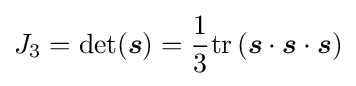
J_{3}=\mathrm {det} ({\boldsymbol {s}})={\frac {1}{3}}\mathrm {tr} \left({\boldsymbol {s}}\cdot {\boldsymbol {s}}\cdot {\boldsymbol {s}}\right)